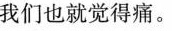
我们也就觉得痛。